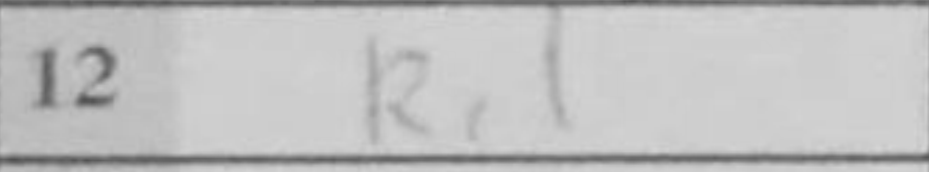
Transcription: Rc1